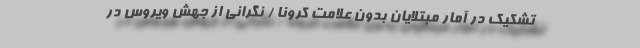
تشکیک در آمار مبتلایان بدون علامت کرونا / نگرانی از جهش ویروس در